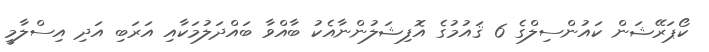
ކޯޕަރޭޝަން ކައުންސިލްގެ 6 ޤައުމުގެ އޮފިޝަލުންނާއެކު ބާއްވާ ބައްދަލުމަކާއި އަރަބި އަދި އިސްލާމީ